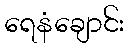
ရေနံချောင်း